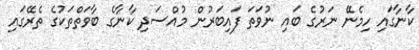
ކާނާގައި ހިމެނޭ ނަރުގެ ބައި ނުވަތަ ފައިބަރުން މުއްސަދި ކާނާގެ ބާވަތްތަކުގެ ތެރޭގައި